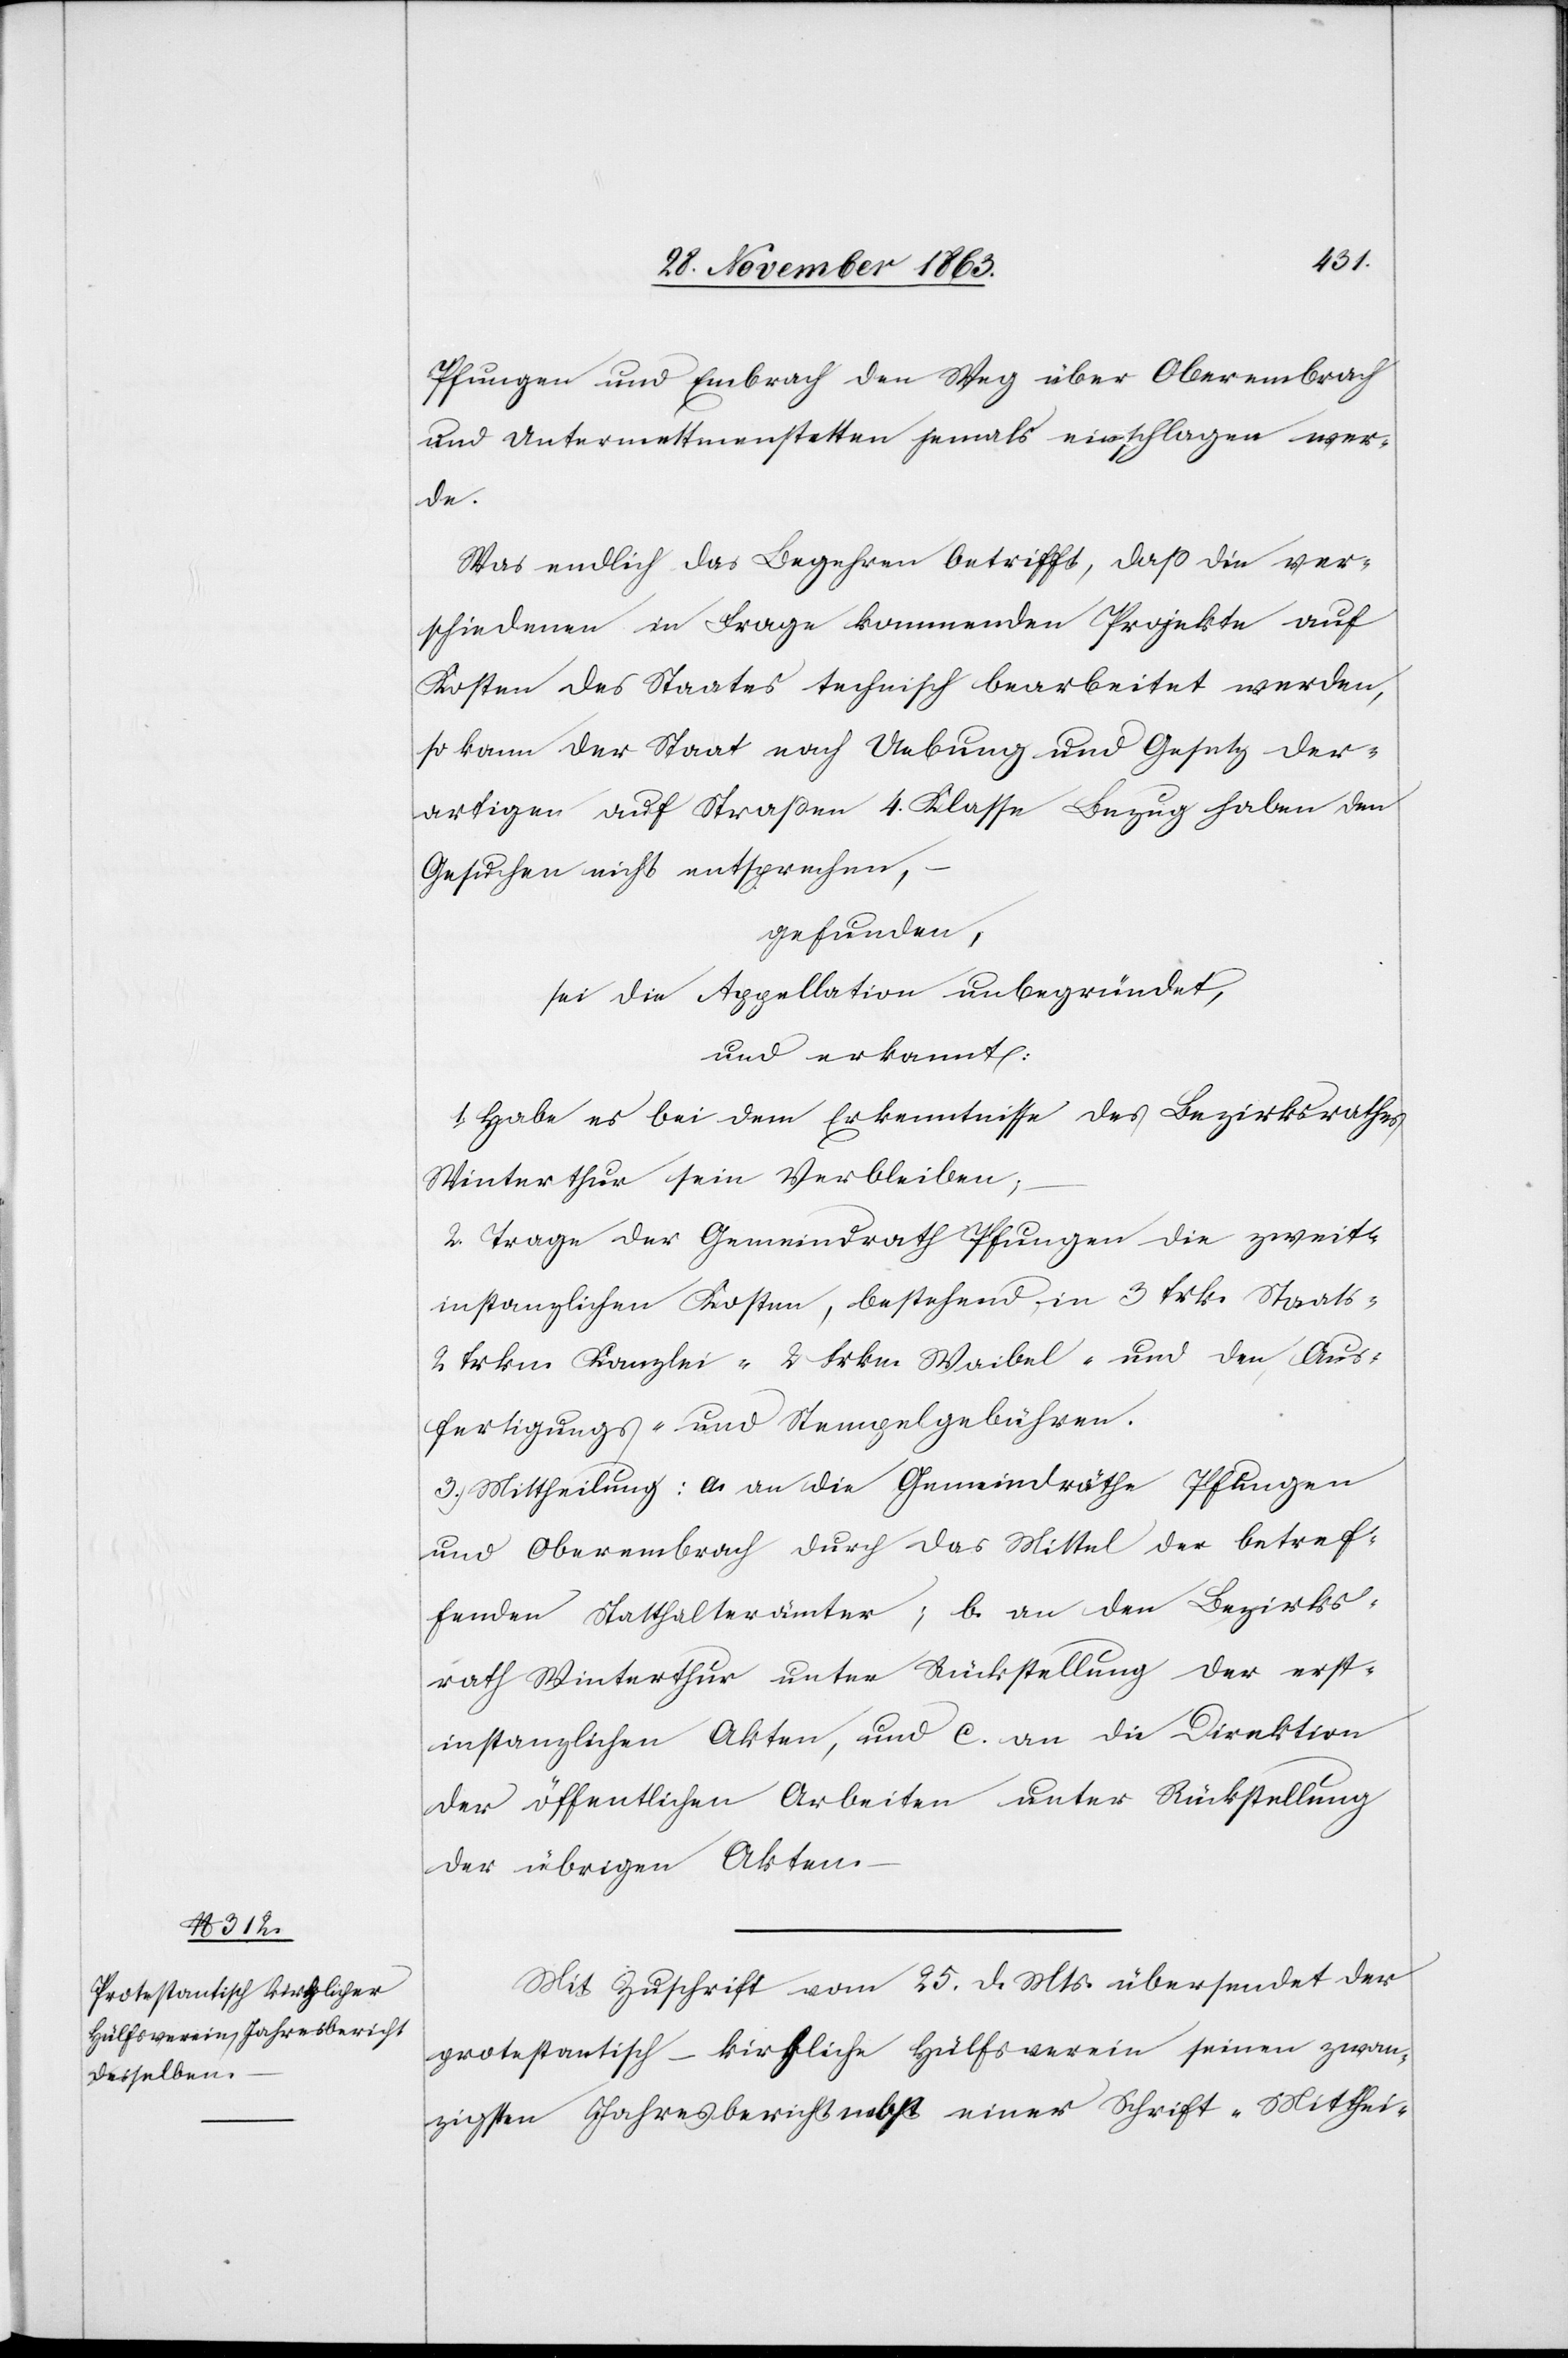
Pfungen und Embrach den Weg über Oberembrach
und Untermettmenstetten jemals einschlagen wer¬
de.
Was endlich das Begehren betrifft, dass die ver¬
schiedenen in Frage kommenden Projekte auf
Kosten des Staates technisch bearbeitet werden,
so kann der Staat nach Uebung und Gesetz der¬
artigen auf Straßen 4. Klasse Bezug haben[-]den
Gesuchen nicht entsprechen,
gefunden,
sei die Appellation unbegründet,
und erkannt:
1. Habe es bei dem Erkenntnisse des Bezirksrathes
Winterthur sein Verbleiben;
2. Trage der Gemeindrath Pfungen die zweit¬
instanzlichen Kosten, bestehend in 3 frk. Staat
2 frkn. Kanzlei-[,] 2 Frkn. Waibel- und den Aus¬
fertigungs- und Stempelgebühren.
3. Mittheilung: a. an die Gemeindräthe Pfungen
und Oberembrach durch das Mittel der betref¬
fenden Statthalterämter; b. an den Bezirks¬
rath Winterthur unter Rückstellung der erst¬
instanzlichen Akten, und c. an die Direktion
der öffentlichen Arbeiten unter Rückstellung
der übrigen Akten.
Mit Zuschrift vom 25. d. Mts. übersendet der
protestantisch-kirchliche Hülfsverein seinen zwan¬
zigsten Jahresbericht nebst einer Schrift „Mitthei-